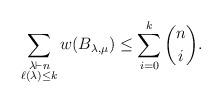
LaTeX: \begin{align*}\sum_{\substack{\lambda \vdash n \\ \ell(\lambda) \le k}} w(B_{\lambda,\mu}) \le \sum_{i=0}^{k}\binom{n}{i}.\end{align*}